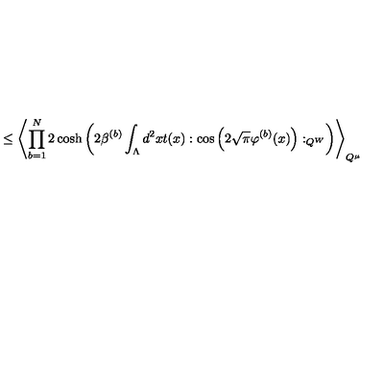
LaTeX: \leq \left\langle \prod _ { b = 1 } ^ { N } 2 \cosh \left( 2 \beta ^ { ( b ) } \int _ { \Lambda } d ^ { 2 } x t ( x ) : \cos \left( 2 \sqrt { \pi } \varphi ^ { ( b ) } ( x ) \right) : _ { Q ^ { W } } \right) \right\rangle _ { Q ^ { \mu } }